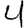
Digit: 4